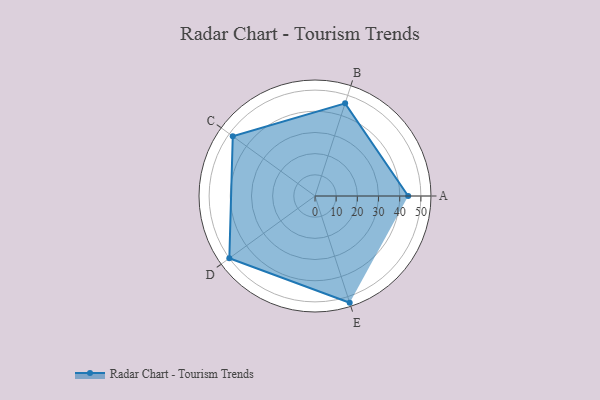
{"axis": {"x": "Skill", "y": "Score"}, "legend": ["Profile"], "data": [{"x": "A", "y": 44.0, "type": "Profile"}, {"x": "B", "y": 46.0, "type": "Profile"}, {"x": "C", "y": 48.0, "type": "Profile"}, {"x": "D", "y": 50.0, "type": "Profile"}, {"x": "E", "y": 53.0, "type": "Profile"}]}